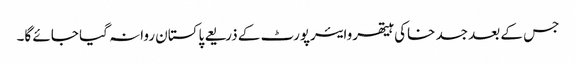
جس کے بعد جسد خاکی ہیتھروایئرپورٹ کے ذریعے پاکستان روانہ گیا جائے گا۔